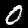
Label: 0